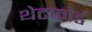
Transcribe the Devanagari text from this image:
थेटफोर्ड